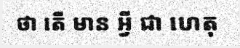
ថា តើ មាន អ្វី ជា ហេតុ